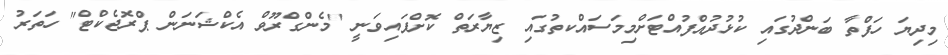
މިދިޔަ ހަފްތާ ބަންދުގައި ކުޅުދުއްފުއްޓަށްމިމަސައްކތުގައި ޒިޔާރަތް ކޮށްފައިވަނީ "މެންގްރޫވް އެކްޝަނަން ޕްރޮޖެކްޓް" ހަތަރު